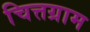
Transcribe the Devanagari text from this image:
चित्तग्राम